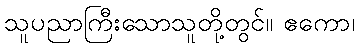
သူပညာကြီးသောသူတို့တွင်။ ဧကော၊